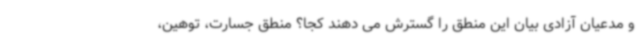
و مدعیان آزادی بیان این منطق را گسترش می دهند کجا؟ منطق جسارت، توهین،